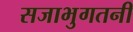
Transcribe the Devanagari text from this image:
सजाभुगतनी